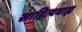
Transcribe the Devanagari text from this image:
साहित्यबाह्य